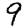
Digit: 9